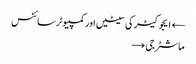
← ایجوکیٹر کی سیٹیں اور کمپیوٹر سائنس
ماشٹر جی →